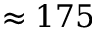
\approx 1 7 5